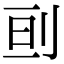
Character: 刯